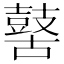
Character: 𪔐